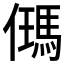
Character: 𪝰